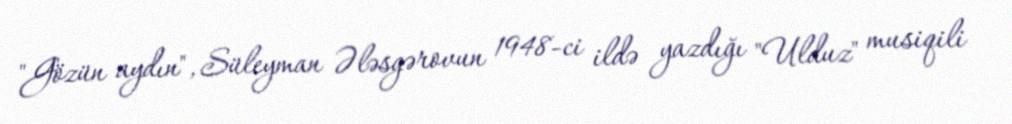
"Gözün aydın", Süleyman Ələsgərovun 1948-ci ildə yazdığı "Ulduz" musiqili